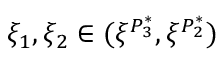
\xi _ { 1 } , \xi _ { 2 } \in ( \xi ^ { P _ { 3 } ^ { * } } , \xi ^ { P _ { 2 } ^ { * } } )